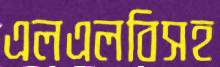
এলএলবিসহ